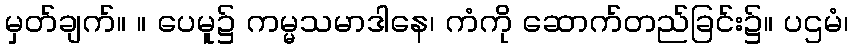
မှတ်ချက်။ ။ ပေမူ၌ ကမ္မသမာဒါနေ၊ ကံကို ဆောက်တည်ခြင်း၌။ ပဌမံ၊